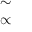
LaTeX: \begin{array} { l } { \sim } \\ { \propto } \end{array}